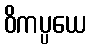
ဝိကပ္ပယေ